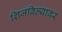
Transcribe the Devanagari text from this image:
शिजविल्यावर